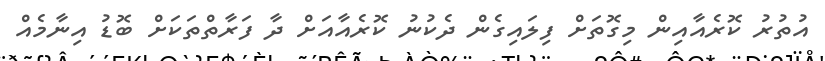
އުތުރު ކޮރެއާއިން މިގޮތަށް ފިލައިގެން ދެކުނު ކޮރެއާއަށް ދާ ފަރާތްތަކަށް ބޮޑު އިނާމެއް